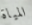
المياة